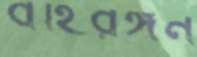
বহিরঙ্গন